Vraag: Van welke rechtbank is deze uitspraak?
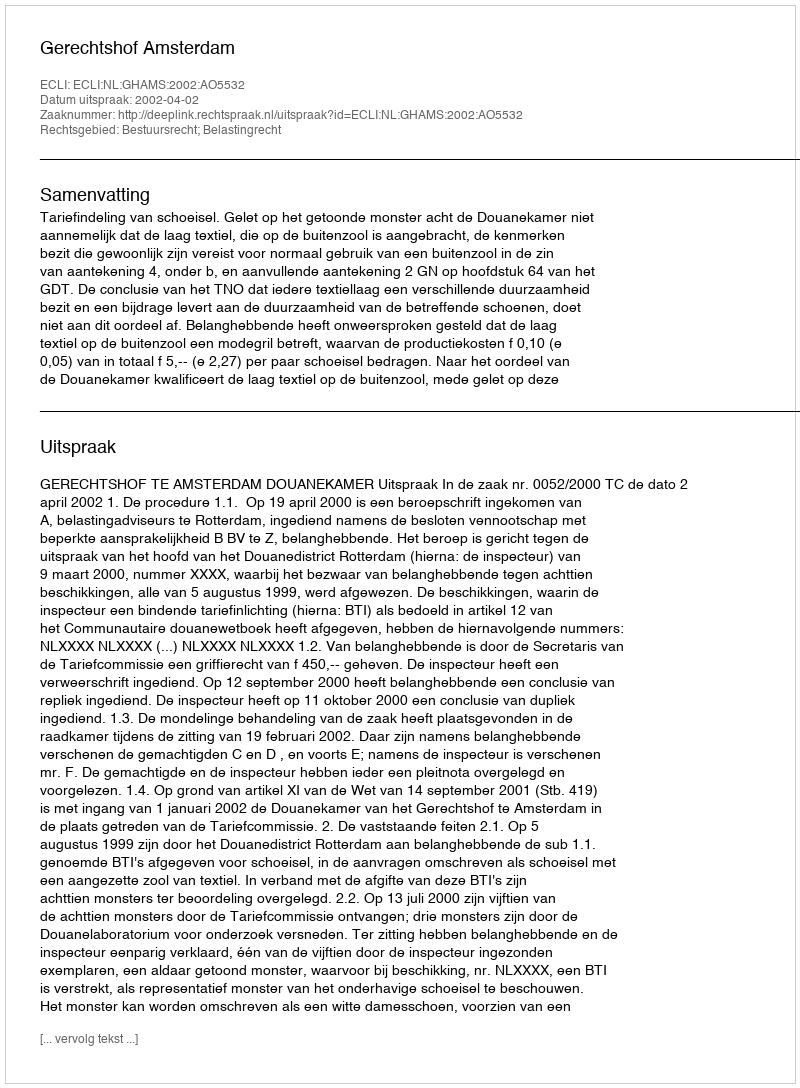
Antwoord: Gerechtshof Amsterdam